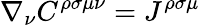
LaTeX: \nabla_{\nu}C^{\rho\sigma\mu\nu}=J^{\rho\sigma\mu}